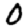
Digit: 0